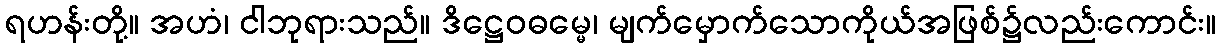
ရဟန်းတို့။ အဟံ၊ ငါဘုရားသည်။ ဒိဋ္ဌေဝဓမ္မေ၊ မျက်မှောက်သောကိုယ်အဖြစ်၌လည်းကောင်း။